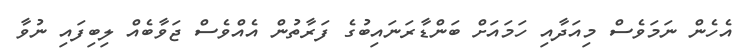
އެހެން ނަމަވެސް މިއަދާއި ހަމައަށް ބަންޑާރަނައިބުގެ ފަރާތުން އެއްވެސް ޖަވާބެއް ލިބިފައި ނުވާ